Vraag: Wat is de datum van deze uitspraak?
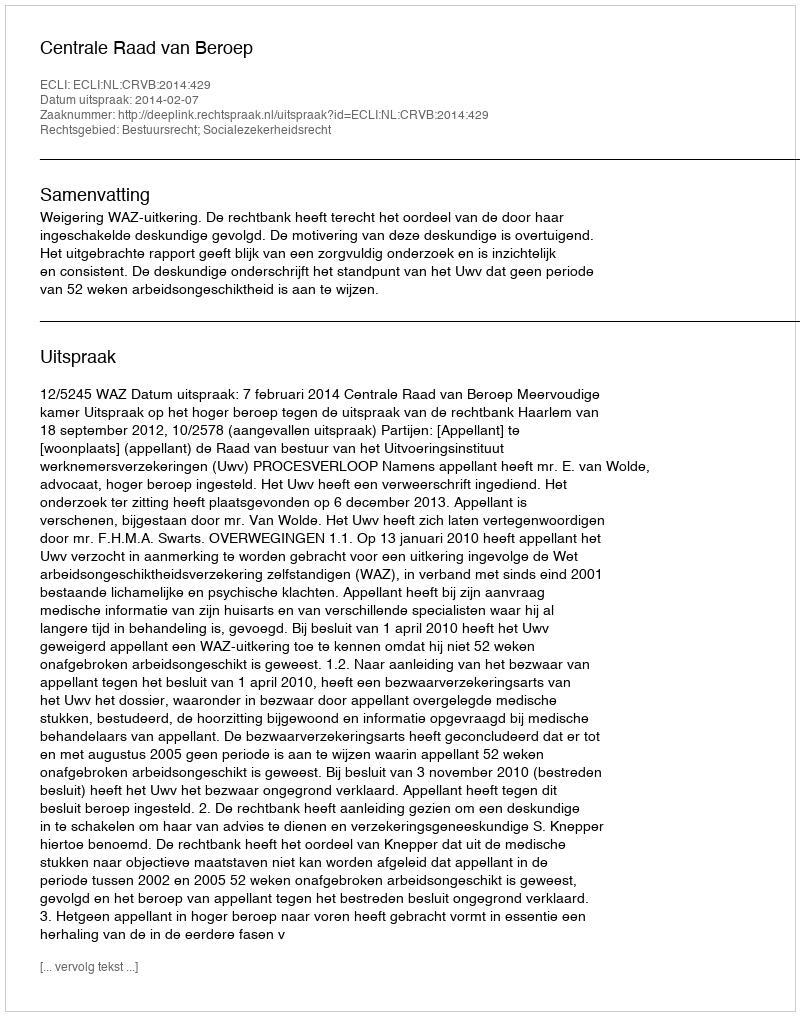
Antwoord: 2014-02-07